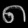
Digit: ၈